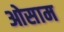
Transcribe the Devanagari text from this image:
ओसाम